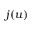
j ( u )